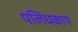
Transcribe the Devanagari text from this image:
पलिधकाय